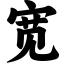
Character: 宽